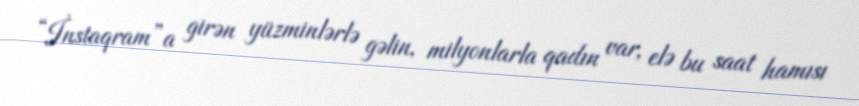
“İnstaqram”a girən yüzminlərlə gəlin, milyonlarla qadın var, elə bu saat hamısı